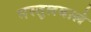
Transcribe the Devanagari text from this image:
मस्तूलवाले